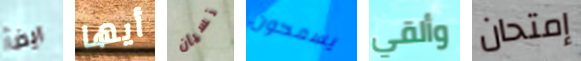
ايضآ أيها نسيان يسمحون وألقي إمتحان